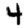
Digit: 4